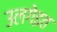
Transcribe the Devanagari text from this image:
उलगेइत